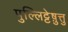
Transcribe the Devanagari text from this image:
पुल्लिट्टेष़ुत्तु